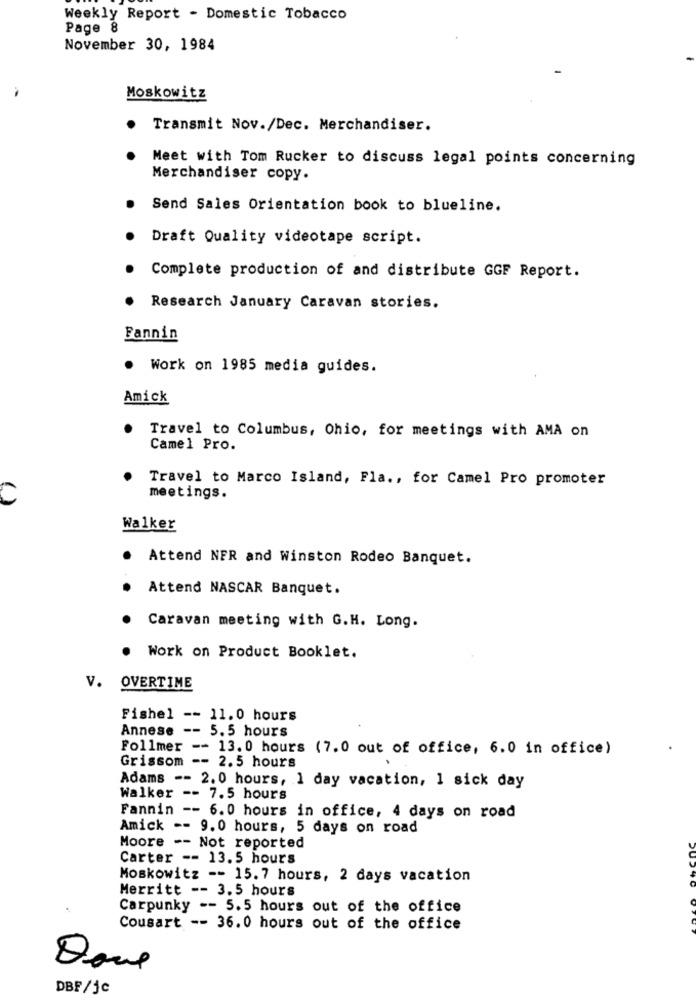
Weekly Report - Domestic Tobacco
Page 8
November 30, 1984
Moskowitz
Transmit Nov./Dec. Merchandiser.
Meet with Tom Rucker to discuss legal points concerning
Merchandiser copy.
Send Sales Orientation book to blueline.
Draft Quality videotape script.
Complete production of and distribute GGF Report.
Research January Caravan stories.
Fannin
Work on 1985 media guides.
Amick
Travel to Columbus, Ohio, for meetings with AMA on
Camel Pro.
Travel to Marco Island, Fla ., for Camel Pro promoter
C
meetings.
Walker
Attend NFR and Winston Rodeo Banquet.
Attend NASCAR Banquet.
Caravan meeting with G.H. Long.
Work on Product Booklet.
v.
OVERTIME
Fishel -- 11.0 hours
Annese -- 5.5 hours
Follmer -- 13.0 hours (7.0 out of office, 6.0 in office)
Grissom -- 2.5 hours
Adams -- 2.0 hours, 1 day vacation, 1 sick day
Walker -- 7.5 hours
Fannin -- 6.0 hours in office, 4 days on road
Amick -- 9.0 hours, 5 days on road
Moore -- Not reported
Carter -- 13.5 hours
Moskowitz -- 15.7 hours, 2 days vacation
Merritt -- 3.5 hours
Carpunky -- 5.5 hours out of the office
Cousart -- 36.0 hours out of the office
Done
DBF/jc